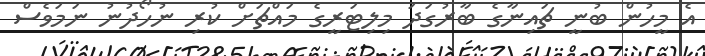
އެ މީހުން ބުނީ ޗައިނާގެ ބާރުގަދަ މިލިޓަރީގެ މައްޗަށް ކުރި ނުހޯދުނު ނަމަވެސް